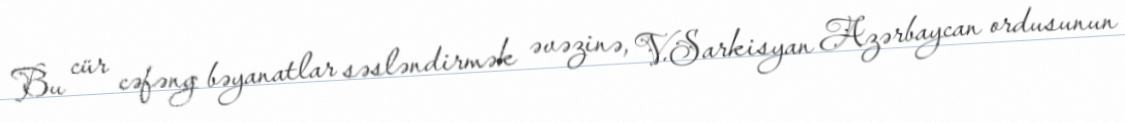
Bu cür cəfəng bəyanatlar səsləndirmək əvəzinə, V.Sarkisyan Azərbaycan ordusunun